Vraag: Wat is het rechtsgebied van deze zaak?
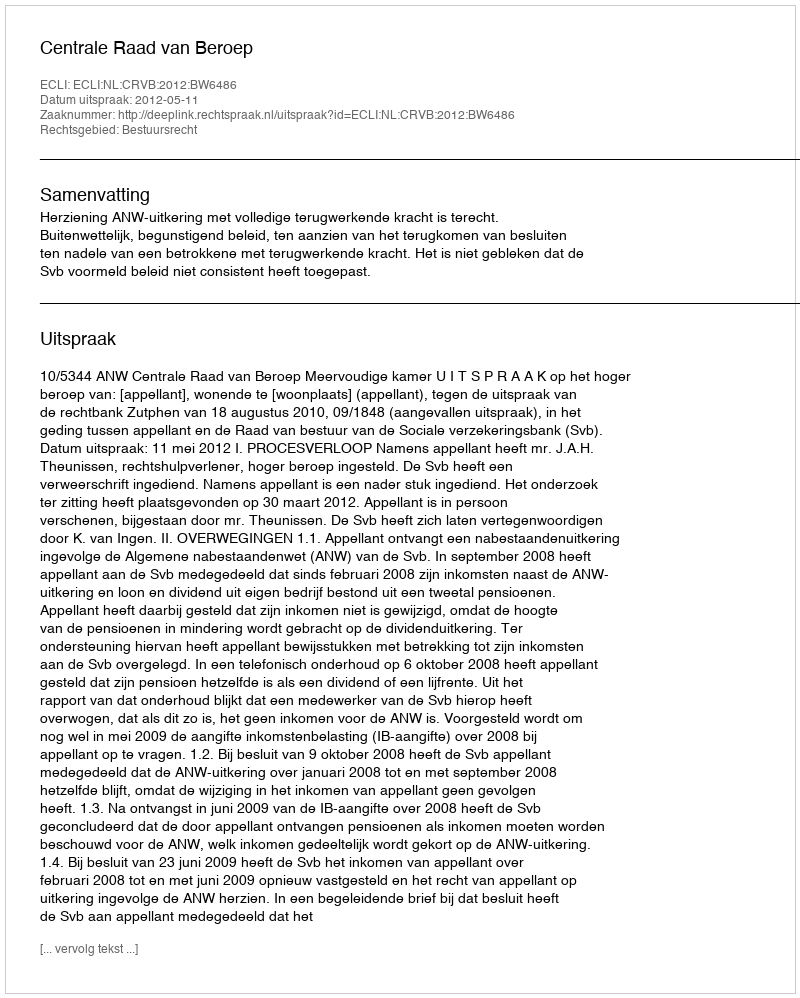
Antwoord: Bestuursrecht